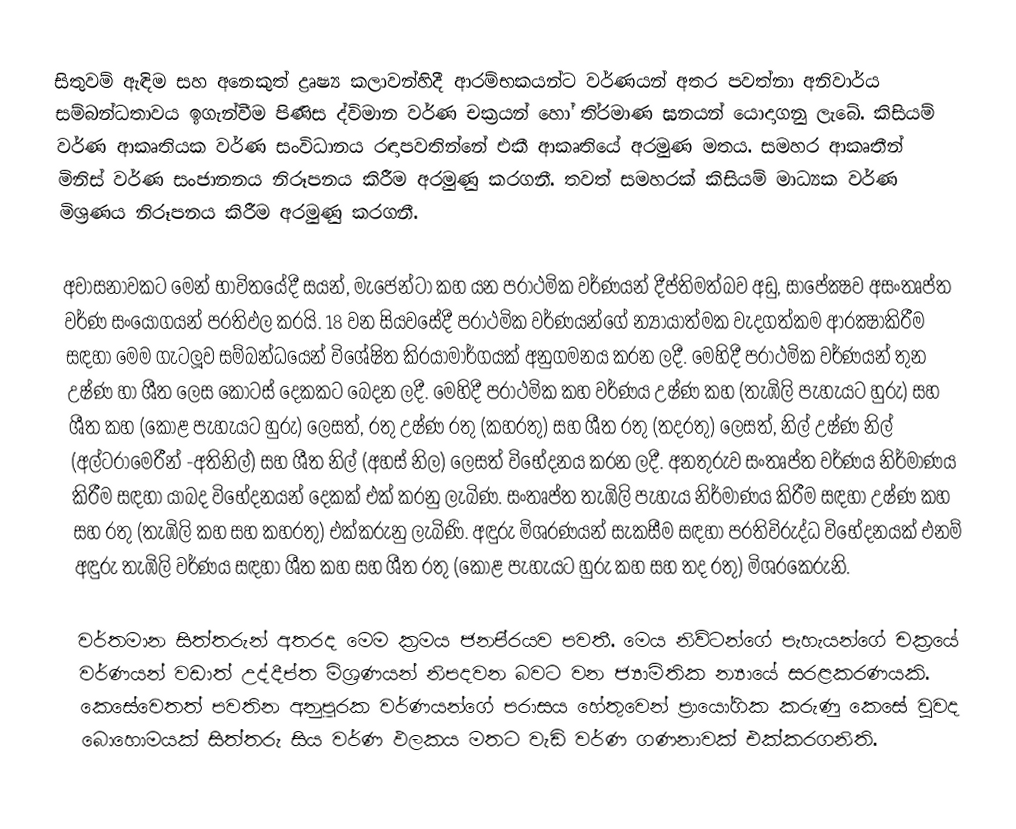
සිතුවම් ඇඳිම සහ අනෙකුත් ද්‍රෘෂ්‍ය කලාවන්හිදී ආරම්භකයන්ට වර්ණයන් අතර පවත්නා අනිවාර්ය සම්බන්ධතාවය ඉගැන්වීම පිණිස ද්විමාන වර්ණ චක‍්‍රයන් හෝ ති‍්‍රමාණ ඝනයන් යොදාගනු ලැබේ. කිසියම් වර්ණ ආකෘතියක වර්ණ සංවිධානය රඳාපවතින්නේ එකී ආකෘතියේ අරමුණ මතය. සමහර ආකෘතීන් මිනිස් වර්ණ සංජානනය නිරූපනය කිරීම අරමුණු කරගනී. තවත් සමහරක් කිසියම් මාධ්‍යක වර්ණ මිශ‍්‍රණය නිරූපනය කිරීම අරමුණු කරගනී.

අවාසනාවකට මෙන් භාවිතයේදී සයන්, මැජෙන්ටා කහ යන ප‍්‍රාථමික වර්ණයන් දීප්තිමත්බව අඩු, සාපේක්‍ෂව අසංතෘප්ත වර්ණ සංයෝගයන් ප‍්‍රතිඵල කරයි. 18 වන සියවසේදී ප‍්‍රාථමික වර්ණයන්ගේ න්‍යායාත්මක වැදගත්කම ආරක්‍ෂාකිරීම සඳහා මෙම ගැටලූව සම්බන්ධයෙන්  විශේෂිත කි‍්‍රයාමාර්ගයක් අනුගමනය කරන ලදී. මෙහිදී ප‍්‍රාථමික වර්ණයන් තුන උෂ්ණ හා ශීත ලෙස කොටස් දෙකකට බෙදන ලදී. මෙහිදී ප‍්‍රාථමික කහ වර්ණය උෂ්ණ කහ (තැඹිලි පැහැයට හුරු) සහ ශීත කහ (කොළ පැහැයට හුරු) ලෙසත්, රතු උෂ්ණ රතු (කහරතු) සහ ශීත රතු (තදරතු) ලෙසත්, නිල් උෂ්ණ නිල් (අල්ට‍්‍රාමෙරීන්  -අතිනිල්) සහ ශීත නිල් (අහස් නිල) ලෙසත් විභේදනය කරන ලදී. අනතුරුව සංතෘප්ත වර්ණය නිර්මාණය කිරීම සඳහා යාබද විභේදනයන් දෙකක් එක් කරනු ලැබිණ. සංතෘප්ත තැඹිලි පැහැය නිර්මාණය කිරීම සඳහා උෂ්ණ කහ සහ රතු (තැඹිලි කහ සහ කහරතු) එක්කරුනු ලැබිණි. අඳුරු මිශ‍්‍රණයන් සැකසීම සඳහා ප‍්‍රතිවිරුද්ධ විභේදනයක් එනම් අඳුරු තැඹිලි වර්ණය සඳහා ශීත කහ සහ ශීත රතු (කොළ පැහැයට හුරු කහ සහ තද රතු) මිශ‍්‍රකෙරුනි.

වර්තමාන සිත්තරුන් අතරද මෙම ක‍්‍රමය ජනපි‍්‍රයව පවතී. මෙය නිව්ටන්ගේ පැහැයන්ගේ චක‍්‍රයේ වර්ණයන් වඩාත් උද්දීප්ත මිශ‍්‍රණයන් නිපදවන බවට වන ජ්‍යාමිතික න්‍යායේ සරළකරණයකි. කෙසේවෙතත් පවතින අනුපූරක වර්ණයන්ගේ පරාසය හේතුවෙන් ප‍්‍රායෝගික කරුණු කෙසේ වුවද බොහොමයක් සිත්තරු සිය වර්ණ ඵලකය මතට වැඩි වර්ණ ගණනාවක් එක්කරගනිති.